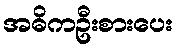
အဓိကဦးစားပေး